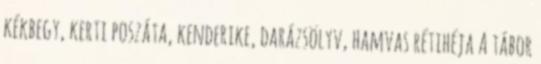
kékbegy, kerti poszáta, kenderike, darázsölyv, hamvas rétihéja A tábor